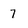
Character: 7